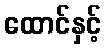
ထောင်နှင့်